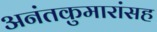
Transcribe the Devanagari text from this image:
अनंतकुमारांसह